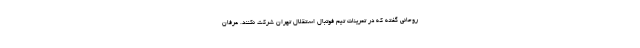
روحانی گفته که در تمرینات تیم فوتبال استقلال تهران شرکت نکنند. عرفان